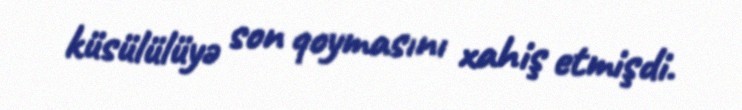
küsülülüyə son qoymasını xahiş etmişdi.